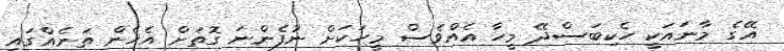
އޭގެ މާނައަކީ ހެކިބަސްދޭ މީހާ އެއްވެސް މީހަކަށް ނުފެންނަ ގޮތަށް އެހެން ތަނެއްގައި